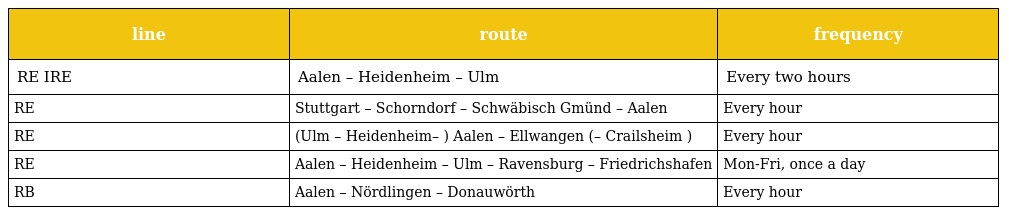
| line | route | frequency |
 | --- | --- | --- |
 | RE IRE | Aalen – Heidenheim – Ulm | Every two hours |
 | RE | Stuttgart – Schorndorf – Schwäbisch Gmünd – Aalen | Every hour |
 | RE | (Ulm – Heidenheim– ) Aalen – Ellwangen (– Crailsheim ) | Every hour |
 | RE | Aalen – Heidenheim – Ulm – Ravensburg – Friedrichshafen | Mon-Fri, once a day |
 | RB | Aalen – Nördlingen – Donauwörth | Every hour |